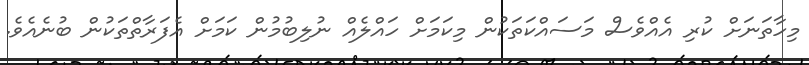
މިހާތަނަށް ކުރި އެއްވެސް މަސައްކަތަކުން މިކަމަށް ހައްލެއް ނުލިބުމުން ކަމަށް އެފަރާތްތަކުން ބުނެއެވެ.